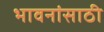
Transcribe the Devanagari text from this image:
भावनांसाठी